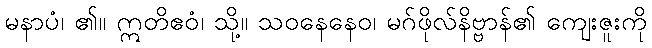
မနာပံ၊ ၏။ ဣတိဧဝံ၊ သို့။ သဝနေနေဝ၊ မဂ်ဖိုလ်နိဗ္ဗာန်၏ ကျေးဇူးကို